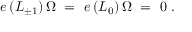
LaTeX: e \, ( L _ { \pm 1 } ) \, \Omega \ = \ e \, ( L _ { 0 } ) \, \Omega \ = \ 0 \ .